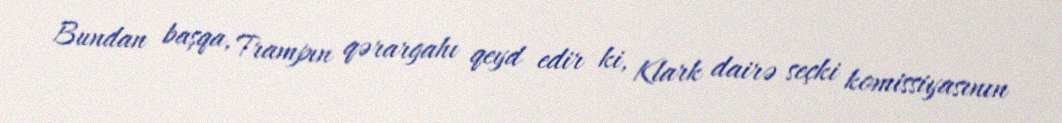
Bundan başqa, Trampın qərargahı qeyd edir ki, Klark dairə seçki komissiyasının